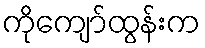
ကိုကျော်ထွန်းက